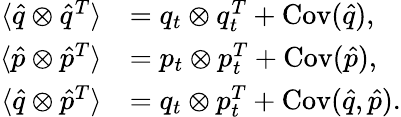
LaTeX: \begin{array}{rl}{\langle\hat{q}\otimes\hat{q}^{T}\rangle}&{=q_{t}\otimes q_{t}^{T}+\operatorname{Cov}(\hat{q}),}\\ {\langle\hat{p}\otimes\hat{p}^{T}\rangle}&{=p_{t}\otimes p_{t}^{T}+\operatorname{Cov}(\hat{p}),}\\ {\langle\hat{q}\otimes\hat{p}^{T}\rangle}&{=q_{t}\otimes p_{t}^{T}+\operatorname{Cov}(\hat{q},\hat{p}).}\end{array}